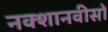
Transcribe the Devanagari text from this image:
नक्शानवीसों